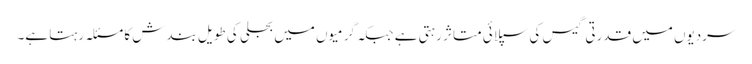
سردیوں میں قدرتی گیس کی سپلائی متاثر رہتی ہے جبکہ گرمیوں میں بجلی کی طویل بندش کا مسئلہ رہتا ہے۔